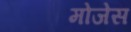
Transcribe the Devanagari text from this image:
मोजेस